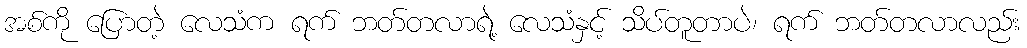
အစ်ကို ပြောတဲ့ လေသံက ရက် ဘတ်တလာရဲ့ လေသံနှင့် သိပ်တူတာပဲ၊ ရက် ဘတ်တလာလည်း